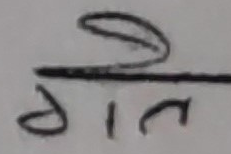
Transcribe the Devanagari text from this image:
ॐगत